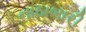
નાઠાબારી